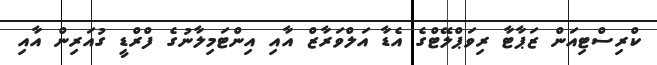
ކްރިސްޓިއަން ޒަޕާޓާ ރިވަޕްލޭޓްގެ އެޑާ އަލްވަރާޒް އާއި އިންޓަމިލާނުގެ ފްރްޑީ ގުއަރިން އާއި